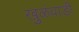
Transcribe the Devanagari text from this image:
खुळंवाडी